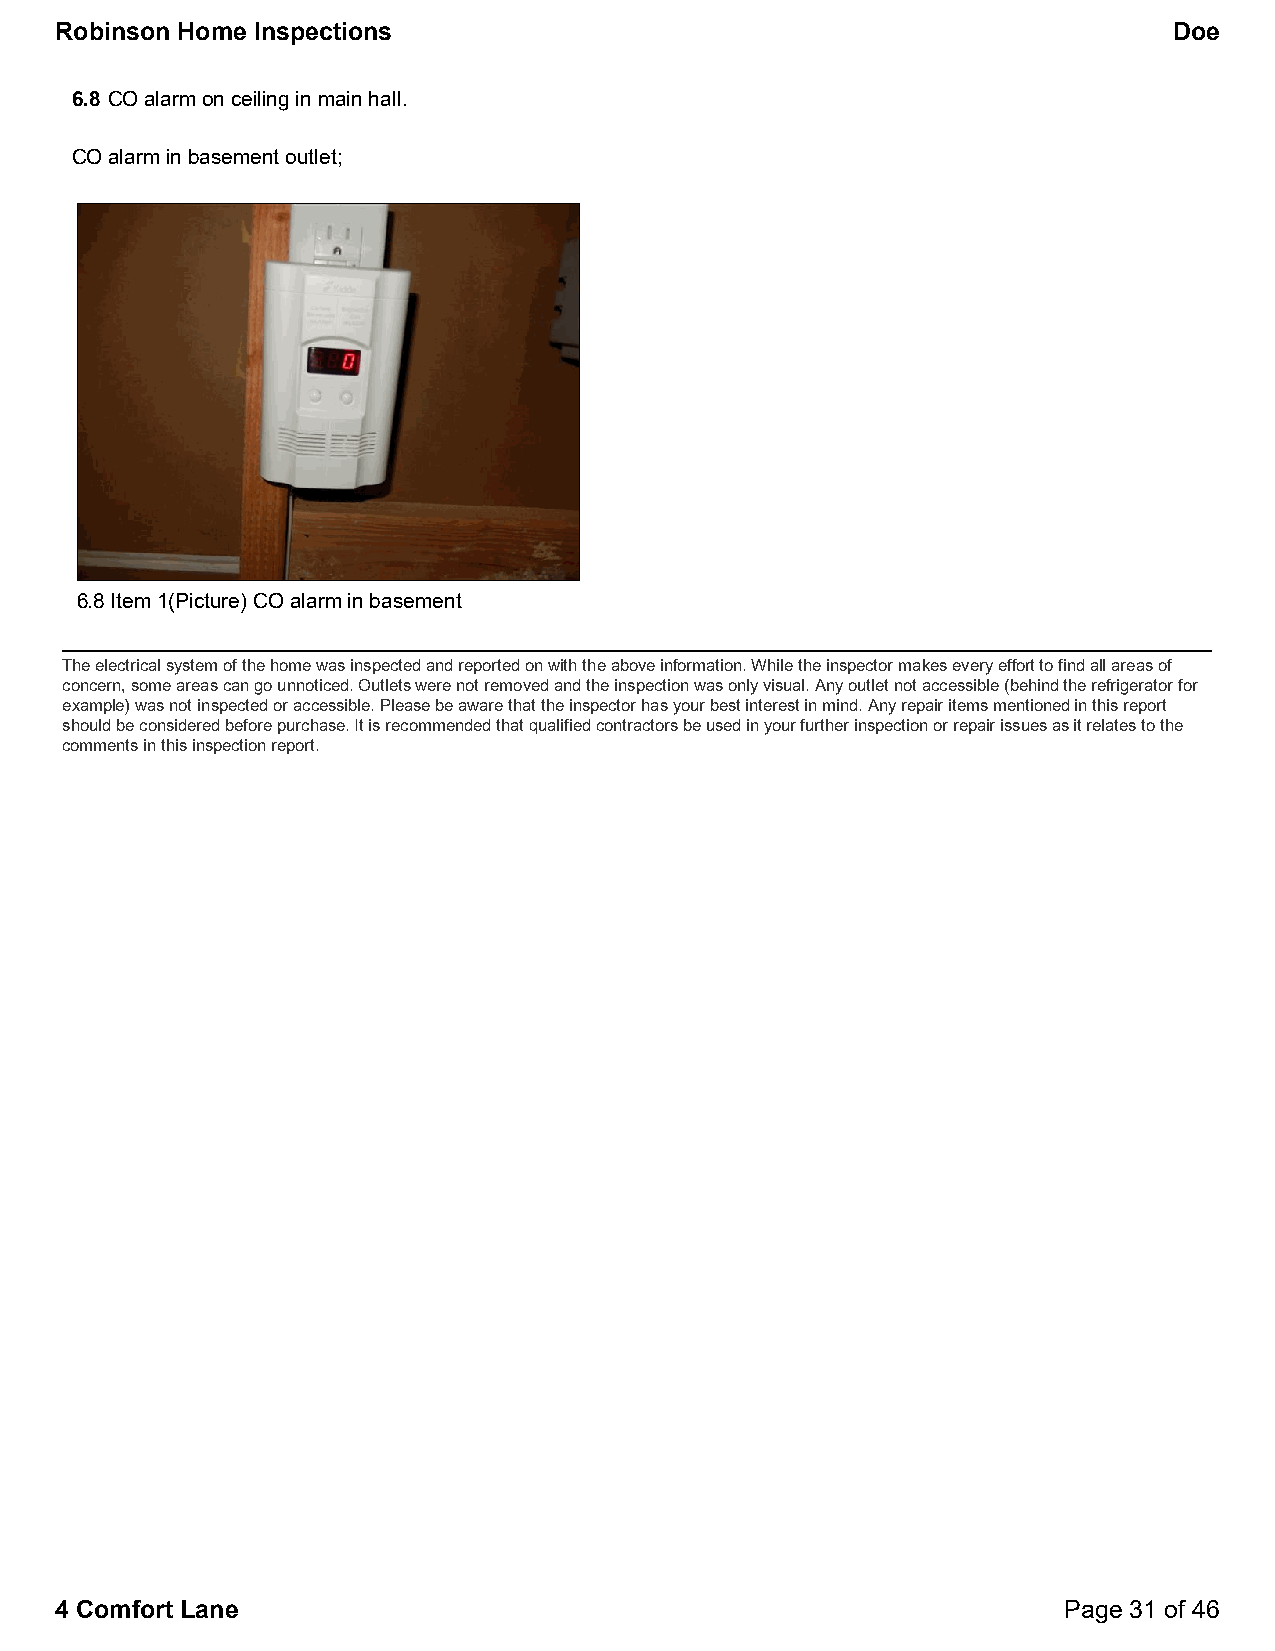
Robinson Home Inspections                                                 Doe
 6.8 CO alarm on ceiling in main hall.
 CO alarm in basement outlet;
 6.8 Item 1(Picture) CO alarm in basement
 The electrical system of the home was inspected and reported on with the above information. While the inspector makes every effort to find all areas of
 concern, some areas can go unnoticed. Outlets were not removed and the inspection was only visual. Any outlet not accessible (behind the refrigerator for
 example) was not inspected or accessible. Please be aware that the inspector has your best interest in mind. Any repair items mentioned in this report
 should be considered before purchase. It is recommended that qualified contractors be used in your further inspection or repair issues as it relates to the
 comments in this inspection report.
 4 Comfort Lane                                                    Page 31 of 46